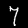
Label: 7